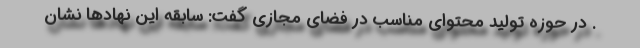
. در حوزه تولید محتوای مناسب در فضای مجازی گفت: سابقه این نهادها نشان